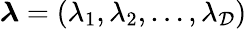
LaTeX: {\boldsymbol\lambda}={(\lambda_{1},\lambda_{2},\dots,\lambda_{\mathcal{D}})}